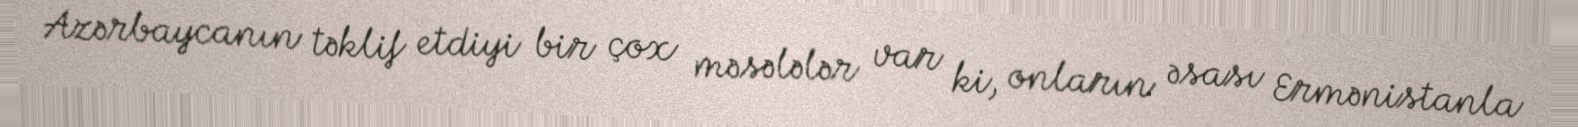
Azərbaycanın təklif etdiyi bir çox məsələlər var ki, onların əsası Ermənistanla